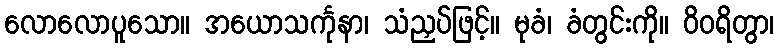
လောလောပူသော။ အယောသင်္ကုနာ၊ သံညှပ်ဖြင့်။ မုခံ၊ ခံတွင်းကို။ ဝိဝရိတွာ၊